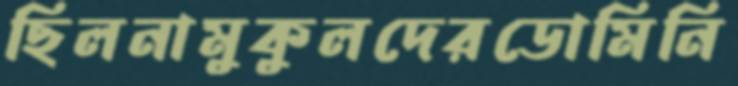
ছিলনামুকুলদেরডোমিনি